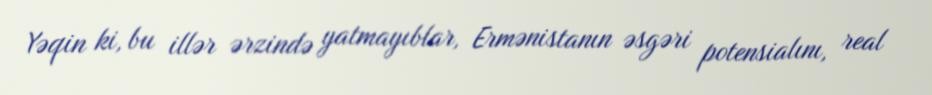
Yəqin ki, bu illər ərzində yatmayıblar, Ermənistanın əsgəri potensialını, real